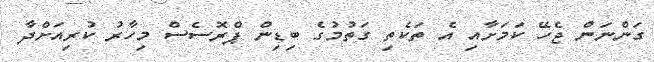
ގަންނަން ޖެހޭ ކަމަށާއި އެ ތަކެތި ގަތުމުގެ ބިޑިން ޕްރޮސެސް މިހާރު ކުރިއަށްދާ